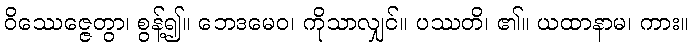
ဝိဿေဇ္ဇေတွာ၊ စွန့်၍။ ဘေဒမေဝ၊ ကိုသာလျှင်။ ပဿတိ၊ ၏။ ယထာနာမ၊ ကား။